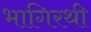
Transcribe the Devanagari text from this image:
भागिरथी